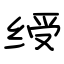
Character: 绶